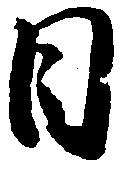
日